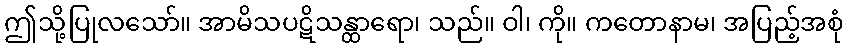
ဤသို့ပြုလသော်။ အာမိသပဋိသန္ထာရော၊ သည်။ ဝါ၊ ကို။ ကတောနာမ၊ အပြည့်အစုံ